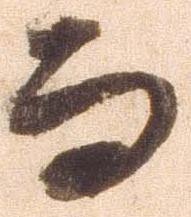
而